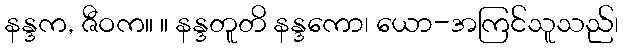
နန္ဒက, ဇီဝက။ ။ နန္ဒတူတိ နန္ဒကော၊ ယော-အကြင်သူသည်၊